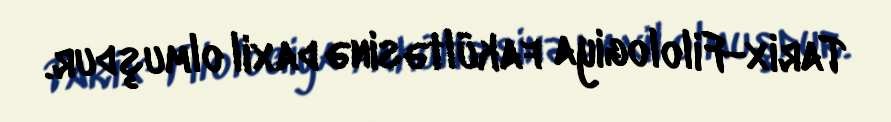
Tarix-Filologiya fakültəsinə daxil olmuşdur.